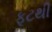
ફૂટથી